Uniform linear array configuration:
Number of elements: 48
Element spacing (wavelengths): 0.75
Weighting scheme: blackman
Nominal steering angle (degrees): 30
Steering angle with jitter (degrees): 31.651
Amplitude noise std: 0.05
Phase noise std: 0.05

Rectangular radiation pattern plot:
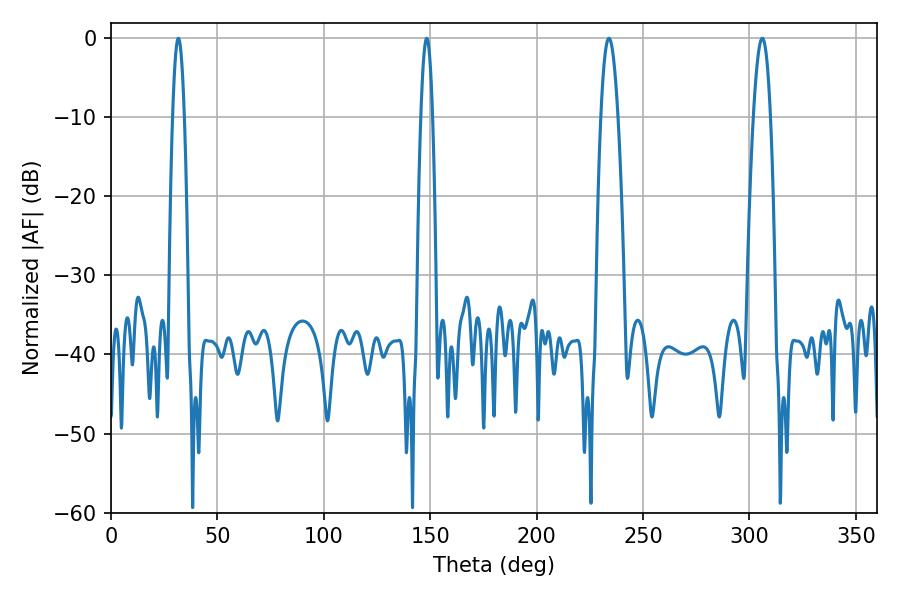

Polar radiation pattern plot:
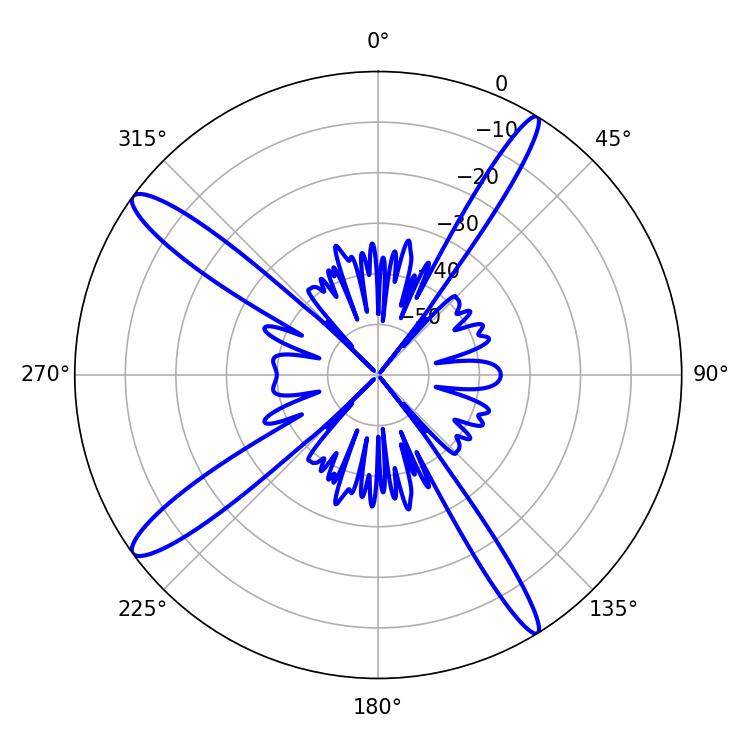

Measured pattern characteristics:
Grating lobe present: TRUE
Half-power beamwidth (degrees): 4.32
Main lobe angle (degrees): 234